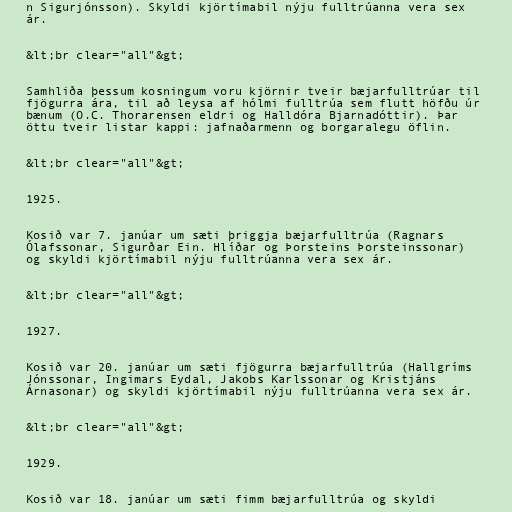
n Sigurjónsson). Skyldi kjörtímabil nýju fulltrúanna vera sex
ár.

&lt;br clear="all"&gt;

Samhliða þessum kosningum voru kjörnir tveir bæjarfulltrúar til
fjögurra ára, til að leysa af hólmi fulltrúa sem flutt höfðu úr
bænum (O.C. Thorarensen eldri og Halldóra Bjarnadóttir). Þar
öttu tveir listar kappi: jafnaðarmenn og borgaralegu öflin.

&lt;br clear="all"&gt;

1925.

Kosið var 7. janúar um sæti þriggja bæjarfulltrúa (Ragnars
Ólafssonar, Sigurðar Ein. Hlíðar og Þorsteins Þorsteinssonar)
og skyldi kjörtímabil nýju fulltrúanna vera sex ár.

&lt;br clear="all"&gt;

1927.

Kosið var 20. janúar um sæti fjögurra bæjarfulltrúa (Hallgríms
Jónssonar, Ingimars Eydal, Jakobs Karlssonar og Kristjáns
Árnasonar) og skyldi kjörtímabil nýju fulltrúanna vera sex ár.

&lt;br clear="all"&gt;

1929.

Kosið var 18. janúar um sæti fimm bæjarfulltrúa og skyldi